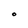
Character: O